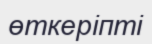
өткеріпті